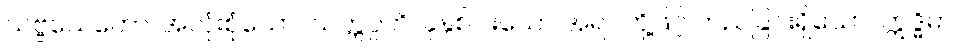
သဗ္ဗသေတော၊ အလုံးစုံသော။ သတ္တပ္ပတိ၊ ခုနှစ်ပါးသော အရပ်တို့ဖြင့် တည်ခြင်းရှိသော။ ဣဒ္ဓိမာ၊